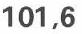
101,6